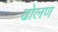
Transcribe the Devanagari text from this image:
ढोलण